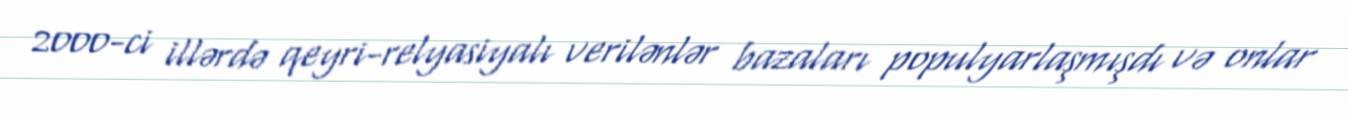
2000-ci illərdə qeyri-relyasiyalı verilənlər bazaları populyarlaşmışdı və onlar